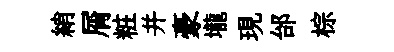
綃屑粧并豪壠現邰棕